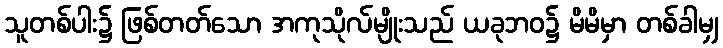
သူတစ်ပါး၌ ဖြစ်တတ်သော အကုသိုလ်မျိုးသည် ယခုဘဝ၌ မိမိမှာ တစ်ခါမျှ